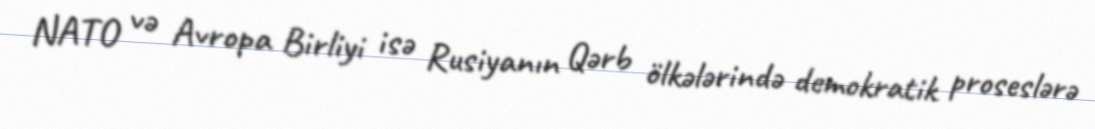
NATO və Avropa Birliyi isə Rusiyanın Qərb ölkələrində demokratik proseslərə